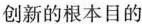
创新的根本目的